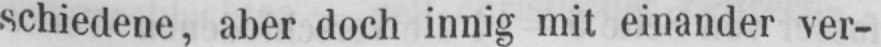
schiedene, aber doch innig mit einander ver-